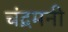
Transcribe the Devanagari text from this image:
चंद्रमनी